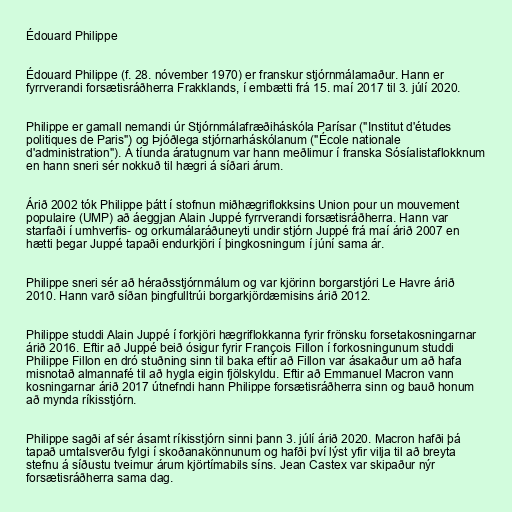
Édouard Philippe

Édouard Philippe (f. 28. nóvember 1970) er franskur stjórnmálamaður. Hann er
fyrrverandi forsætisráðherra Frakklands, í embætti frá 15. maí 2017 til 3. júlí 2020.

Philippe er gamall nemandi úr Stjórnmálafræðiháskóla Parísar ("Institut d'études
politiques de Paris") og Þjóðlega stjórnarháskólanum ("École nationale
d'administration"). Á tíunda áratugnum var hann meðlimur í franska Sósíalistaflokknum
en hann sneri sér nokkuð til hægri á síðari árum.

Árið 2002 tók Philippe þátt í stofnun miðhægriflokksins Union pour un mouvement
populaire (UMP) að áeggjan Alain Juppé fyrrverandi forsætisráðherra. Hann var
starfaði í umhverfis- og orkumálaráðuneyti undir stjórn Juppé frá maí árið 2007 en
hætti þegar Juppé tapaði endurkjöri í þingkosningum í júní sama ár.

Philippe sneri sér að héraðsstjórnmálum og var kjörinn borgarstjóri Le Havre árið
2010. Hann varð síðan þingfulltrúi borgarkjördæmisins árið 2012.

Philippe studdi Alain Juppé í forkjöri hægriflokkanna fyrir frönsku forsetakosningarnar
árið 2016. Eftir að Juppé beið ósigur fyrir François Fillon í forkosningunum studdi
Philippe Fillon en dró stuðning sinn til baka eftir að Fillon var ásakaður um að hafa
misnotað almannafé til að hygla eigin fjölskyldu. Eftir að Emmanuel Macron vann
kosningarnar árið 2017 útnefndi hann Philippe forsætisráðherra sinn og bauð honum
að mynda ríkisstjórn.

Philippe sagði af sér ásamt ríkisstjórn sinni þann 3. júlí árið 2020. Macron hafði þá
tapað umtalsverðu fylgi í skoðanakönnunum og hafði því lýst yfir vilja til að breyta
stefnu á síðustu tveimur árum kjörtímabils síns. Jean Castex var skipaður nýr
forsætisráðherra sama dag.